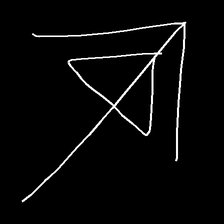
Glyph: pull